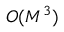
O ( M ^ { 3 } )